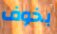
بخوف